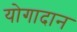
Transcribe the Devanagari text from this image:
योगादान